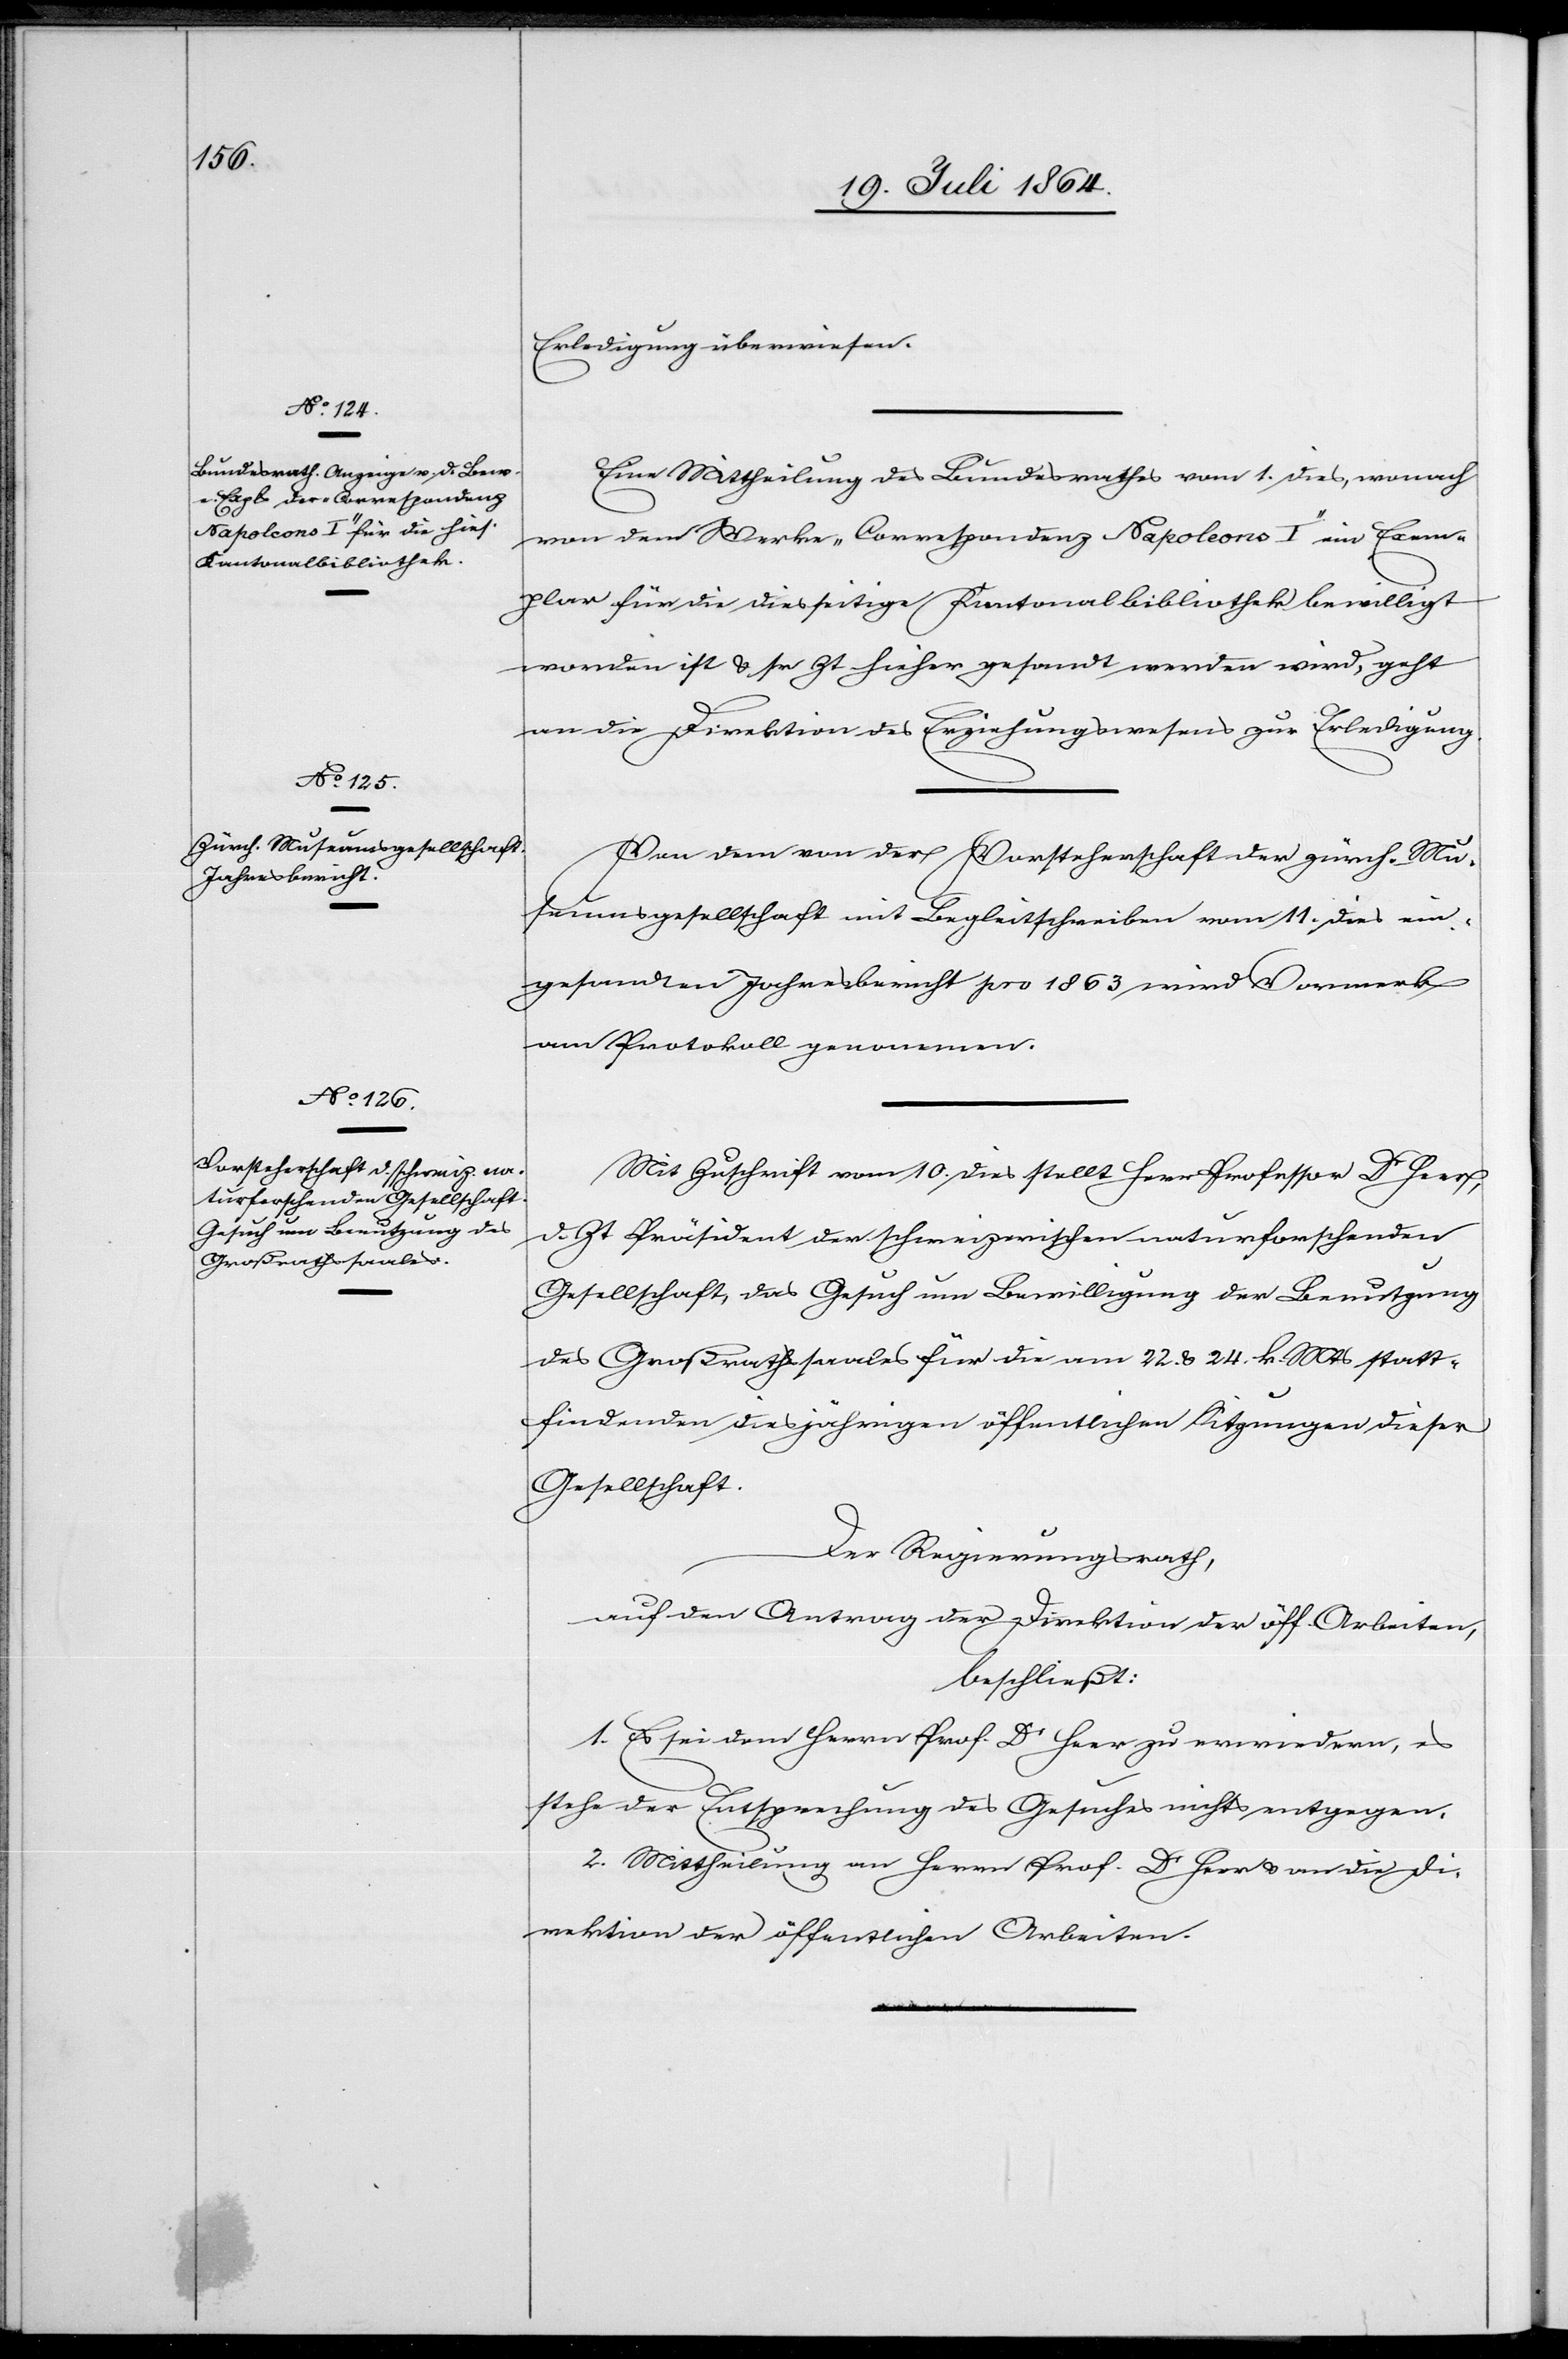
Erledigung überwiesen.
Eine Mittheilung des Bundesrathes vom 1. dies, wonach
von dem Werke „Correspondenz Napoleons I“ ein Exem¬
plar für die diesseitige Kantonalbibliothek bewilligt
worden ist u. sr Zt hieher gesandt werden wird, geht
an die Direktion des Erziehungswesens zur Erledigung.
Von dem von der Vorsteherschaft der zürch. Mu¬
seumsgesellschaft mit Begleitschreiben vom 11. dies ein¬
gesandten Jahresbericht pro 1863 wird Vormerk
am Protokoll genommen.
Mit Zuschrift vom 10. dies stellt Herr Professor Dr Heer,
d. Zt Präsident der schweizerischen naturforschenden
Gesellschaft, das Gesuch um Bewilligung der Benutzung
des Großrathssaales für die am 22. u. 24. k. Mts statt¬
findenden diesjährigen öffentlichen Sitzungen dieser
Gesellschaft.
Der Regierungsrath,
auf den Antrag der Direktion der öff. Arbeiten,
beschließt:
1. Es sei dem Herrn Prof. Dr Heer zu erwiedern, es
stehe der Entsprechung des Gesuches nichts entgegen.
2. Mittheilung an Herrn Prof. Dr Heer u. an die Di¬
rektion der öffentlichen Arbeiten.